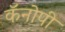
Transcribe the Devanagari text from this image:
कॅनोपी